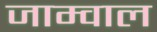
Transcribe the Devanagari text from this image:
जाम्वाल